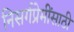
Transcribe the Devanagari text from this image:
निसर्गप्रेमींसाठी